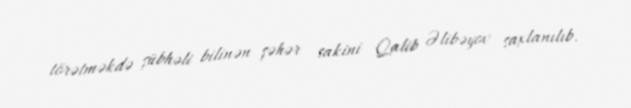
törətməkdə şübhəli bilinən şəhər sakini Qalib Əlibəyov saxlanılıb.